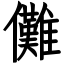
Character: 儺